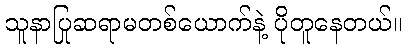
သူနာပြုဆရာမတစ်ယောက်နဲ့ ပိုတူနေတယ်။